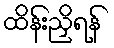
ထိန်းညှိရန်